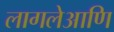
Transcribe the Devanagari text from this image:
लागलेआणि